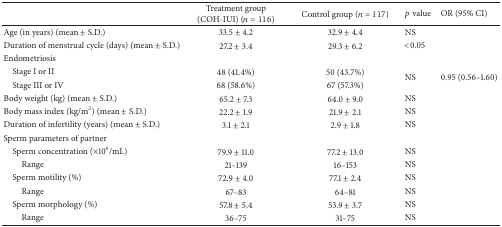
<table><thead><tr><td><b> </b></td><td><b>Treatment group (COH-IUI) (<i>n</i> = 116)</b></td><td><b>Control group (<i>n</i> = 117)</b></td><td><b><i>p</i> value</b></td><td><b>OR (95% CI)</b></td></tr></thead><tbody><tr><td>Age (in years) (mean ± S.D.)</td><td>33.5 ± 4.2</td><td>32.9 ± 4.4</td><td>NS</td><td> </td></tr><tr><td>Duration of menstrual cycle (days) (mean ± S.D.)</td><td>27.2 ± 3.4</td><td>29.3 ± 6.2</td><td>&lt;0.05</td><td> </td></tr><tr><td>Endometriosis</td><td> </td><td> </td><td> </td><td> </td></tr><tr><td> Stage I or II</td><td>48 (41.4%)</td><td>50 (43.7%)</td><td rowspan="2">NS</td><td rowspan="2">0.95 (0.56–1.60)</td></tr><tr><td> Stage III or IV</td><td>68 (58.6%)</td><td>67 (57.3%)</td></tr><tr><td>Body weight (kg) (mean ± S.D.)</td><td>65.2 ± 7.3</td><td>64.0 ± 9.0</td><td>NS</td><td> </td></tr><tr><td>Body mass index (kg/m<sup>2</sup>) (mean ± S.D.)</td><td>22.2 ± 1.9</td><td>21.9 ± 2.1</td><td>NS</td><td> </td></tr><tr><td>Duration of infertility (years) (mean ± S.D.)</td><td>3.1 ± 2.1</td><td>2.9 ± 1.8</td><td>NS</td><td> </td></tr><tr><td>Sperm parameters of partner</td><td> </td><td> </td><td> </td><td> </td></tr><tr><td> Sperm concentration (×10<sup>6</sup>/mL)</td><td>79.9 ± 11.0</td><td>77.2 ± 13.0</td><td>NS</td><td> </td></tr><tr><td>Range</td><td>21–139</td><td>16–153</td><td>NS</td><td> </td></tr><tr><td> Sperm motility (%)</td><td>72.9 ± 4.0</td><td>77.1 ± 2.4</td><td>NS</td><td> </td></tr><tr><td>Range</td><td>67–83</td><td>64–81</td><td>NS</td><td> </td></tr><tr><td> Sperm morphology (%)</td><td>57.8 ± 5.4</td><td>53.9 ± 3.7</td><td>NS</td><td> </td></tr><tr><td>Range</td><td>36–75</td><td>31–75</td><td>NS</td><td> </td></tr></tbody></table>